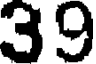
39